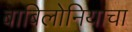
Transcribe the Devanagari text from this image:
बाबिलोनियाचा